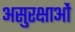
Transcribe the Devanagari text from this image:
असुरक्षाओं